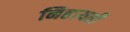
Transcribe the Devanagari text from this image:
निहायती